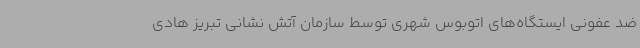
ضد عفونی ایستگاه‌های اتوبوس شهری توسط سازمان آتش نشانی تبریز هادی